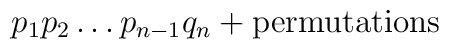
p_{1}p_{2}\ldots p_{n-1}q_{n}+\mbox{permutations}